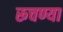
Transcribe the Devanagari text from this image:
रूचण्या